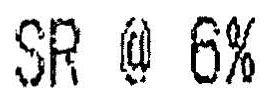
SR @ 6%